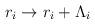
LaTeX: \begin{align*}r_i \rightarrow r_i + \Lambda_i\end{align*}